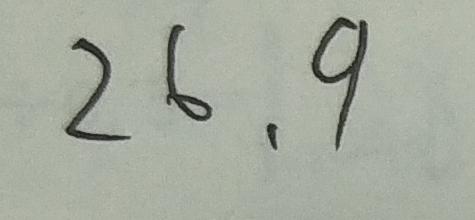
2 6 . 9